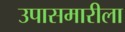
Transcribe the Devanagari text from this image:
उपासमारीला